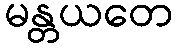
မန္တယတေ